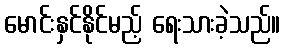
မောင်းနှင်နိုင်မည့် ရေးသားခဲ့သည်။